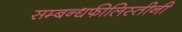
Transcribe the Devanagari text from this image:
सम्बन्धफीलिस्तीनी